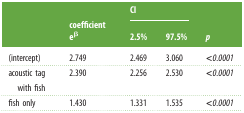
|  | <ROWSPAN=2> coefficient eβ | <COLSPAN=2> CI | <ROWSPAN=2> p |
 |  | 2.5% | 97.5% |
 | --- | --- | --- | --- | --- |
 | (intercept) | 2.749 | 2.469 | 3.060 | <0.0001 |
 | acoustic tag with fish | 2.390 | 2.256 | 2.530 | <0.0001 |
 | fish only | 1.430 | 1.331 | 1.535 | <0.0001 |